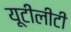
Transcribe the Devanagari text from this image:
यूटीलीटी